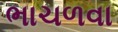
ભાચળવા